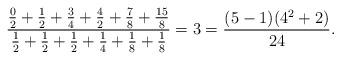
LaTeX: \begin{align*}\frac{\frac02+\frac12+\frac34+\frac42+\frac78+\frac{15}8}{\frac12+\frac12+\frac12+\frac14+\frac18+\frac18}=3=\frac{(5-1)(4^2+2)}{24}.\end{align*}